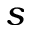
s